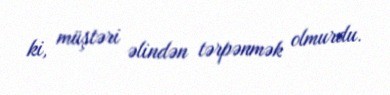
ki, müştəri əlindən tərpənmək olmurdu.